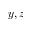
y , z